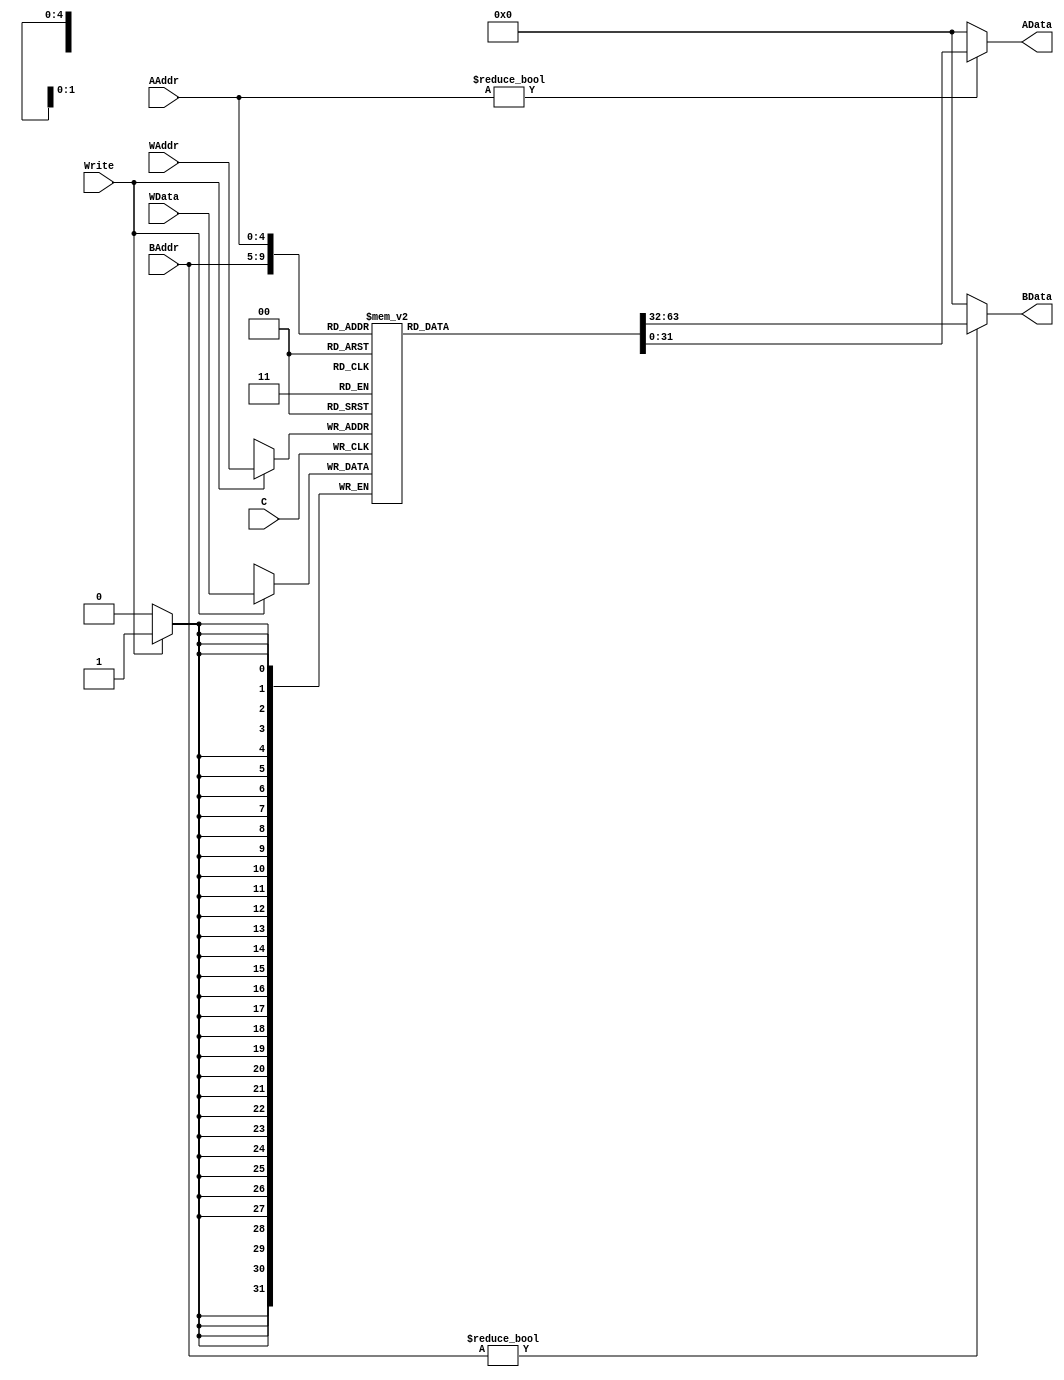
module _RegFile(C, AAddr, AData, BAddr, BData, Write, WAddr, WData);
	input C, Write;
	input [4:0] AAddr, BAddr, WAddr;
	output [31:0] AData, BData;
	input [31:0] WData;

	reg [31:0] RFData[31:0];

	assign AData=AAddr?RFData[AAddr]:32'b0;
	assign BData=BAddr?RFData[BAddr]:32'b0;

	always @(posedge C)
		begin
		if(Write)	
			begin
			RFData[WAddr]<=WData;
			end
		end
		
endmodule